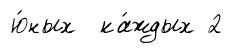
ю́ных ка́ждых 2